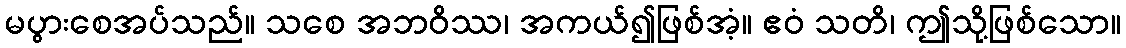
မပွားစေအပ်သည်။ သစေ အဘဝိဿ၊ အကယ်၍ဖြစ်အံ့။ ဧဝံ သတိ၊ ဤသို့ဖြစ်သော။